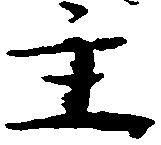
主